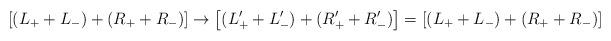
LaTeX: \begin{align*}\left[(L_++L_-)+(R_++R_-)\right] \rightarrow\left[(L_+'+L_-')+(R_+'+R_-')\right] = \left[(L_++L_-)+(R_++R_-)\right]\end{align*}